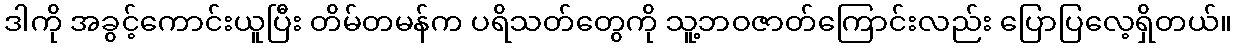
ဒါကို အခွင့်ကောင်းယူပြီး တိမ်တမန်က ပရိသတ်တွေကို သူ့ဘဝဇာတ်ကြောင်းလည်း ပြောပြလေ့ရှိတယ်။